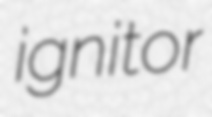
ignitor